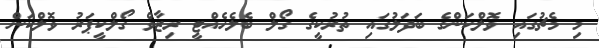
މި މެޗުގައި ވޮލްކަންގެ ބަދަލުގައި ތުރުކީގެ ގޯލް ބެލެހެއްޓީ ރިޒާވް ގޯލްކީޕަރު ވޮލްކަން